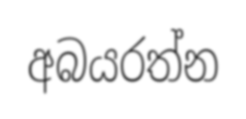
අබයරත්න